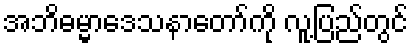
အဘိဓမ္မာဒေသနာတော်ကို လူ့ပြည်တွင်